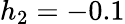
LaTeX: h_{2}=-0.1